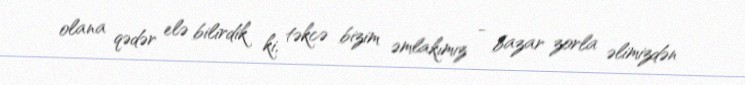
olana qədər elə bilirdik ki, təkcə bizim əmlakımız - bazar zorla əlimizdən